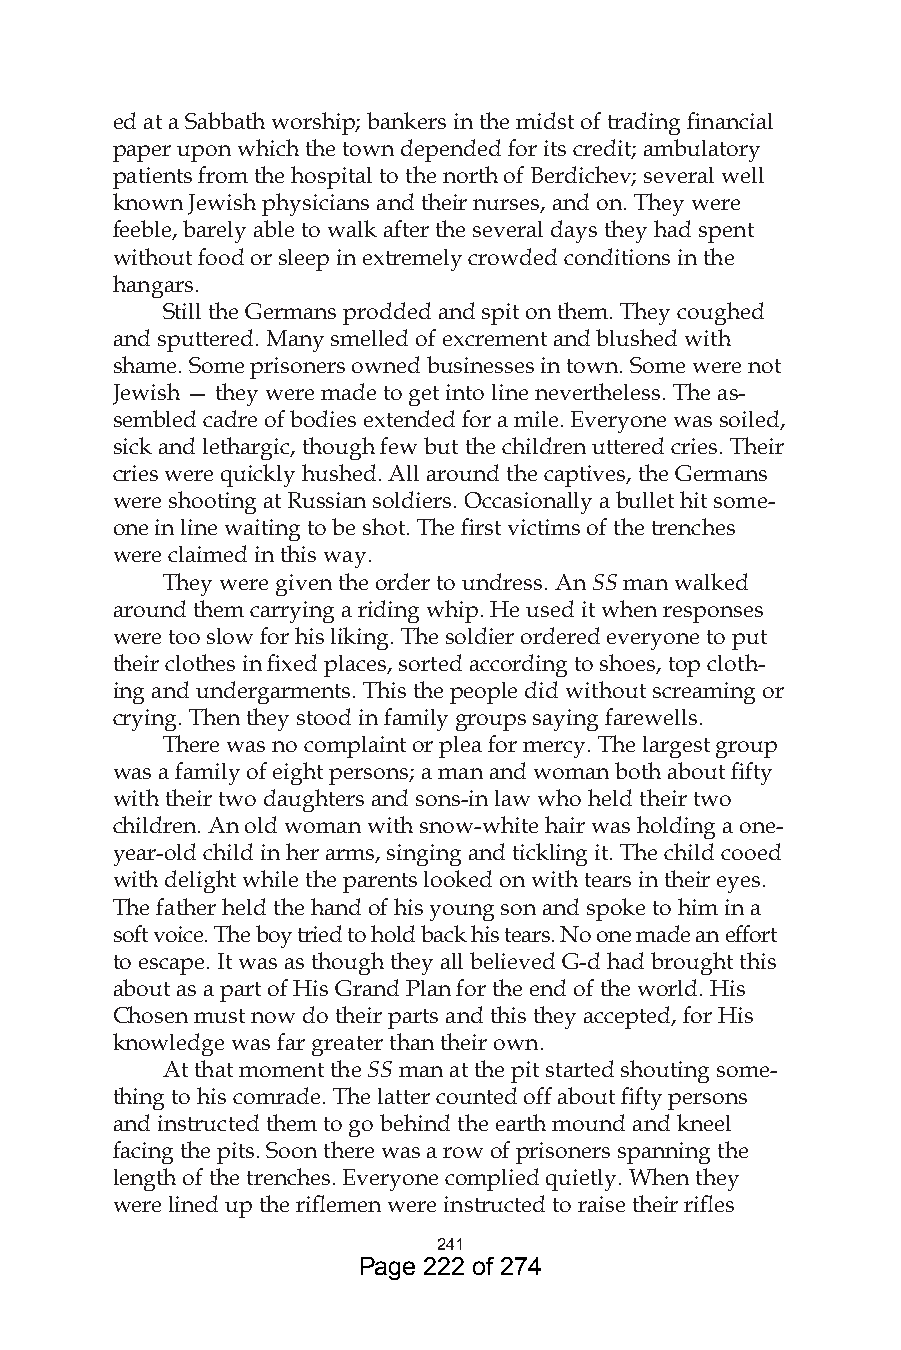
ed at a Sabbath worship; bankers in the midst of trading financial
 paper upon which the town depended for its credit; ambulatory
 patients from the hospital to the north of Berdichev; several well
 known Jewish physicians and their nurses, and on. They were
 feeble, barely able to walk after the several days they had spent
 without food or sleep in extremely crowded conditions in the
 hangars.
 Still the Germans prodded and spit on them. They coughed
 and sputtered. Many smelled of excrement and blushed with
 shame. Some prisoners owned businesses in town. Some were not
 Jewish — they were made to get into line nevertheless. The as-
 sembled cadre of bodies extended for a mile. Everyone was soiled,
 sick and lethargic, though few but the children uttered cries. Their
 cries were quickly hushed. All around the captives, the Germans
 were shooting at Russian soldiers. Occasionally a bullet hit some-
 one in line waiting to be shot. The first victims of the trenches
 were claimed in this way.
 They were given the order to undress. An SS man walked
 around them carrying a riding whip. He used it when responses
 were too slow for his liking. The soldier ordered everyone to put
 their clothes in fixed places, sorted according to shoes, top cloth-
 ing and undergarments. This the people did without screaming or
 crying. Then they stood in family groups saying farewells.
 There was no complaint or plea for mercy. The largest group
 was a family of eight persons; a man and woman both about fifty
 with their two daughters and sons-in law who held their two
 children. An old woman with snow-white hair was holding a one-
 year-old child in her arms, singing and tickling it. The child cooed
 with delight while the parents looked on with tears in their eyes.
 The father held the hand of his young son and spoke to him in a
 soft voice. The boy tried to hold back his tears. No one made an effort
 to escape. It was as though they all believed G-d had brought this
 about as a part of His Grand Plan for the end of the world. His
 Chosen must now do their parts and this they accepted, for His
 knowledge was far greater than their own.
 At that moment the SS man at the pit started shouting some-
 thing to his comrade. The latter counted off about fifty persons
 and instructed them to go behind the earth mound and kneel
 facing the pits. Soon there was a row of prisoners spanning the
 length of the trenches. Everyone complied quietly. When they
 were lined up the riflemen were instructed to raise their rifles
 4
 Page 222 of 274